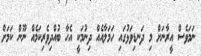
ނަމަވެސް އީރާނަށް މި ދަނޑިވަޅުގައި ހަމަލާއެއް ދިނުމަކީ އެހާ ބުއްދިވެރިކަމެއް ނޫން ކަމަށް